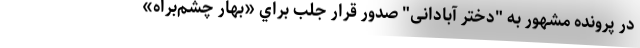
در پرونده مشهور به "دختر آبادانی" صدور قرار جلب براي «بهار چشم‌براه»